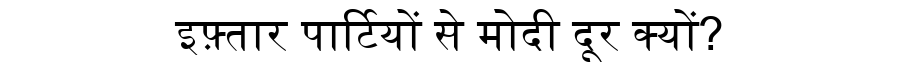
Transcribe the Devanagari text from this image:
इफ़्तार पार्टियों से मोदी दूर क्यों?